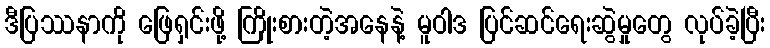
ဒီပြဿနာကို ဖြေရှင်းဖို့ ကြိုးစားတဲ့အနေနဲ့ မူဝါဒ ပြင်ဆင်ရေးဆွဲမှုတွေ လုပ်ခဲ့ပြီး